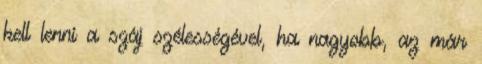
kell lenni a száj szélességével, ha nagyobb, az már